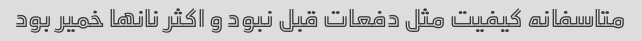
متاسفانه کیفیت مثل دفعات قبل نبود و اکثر نانها خمیر بود